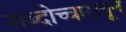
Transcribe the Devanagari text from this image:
शब्दोच्चारातून